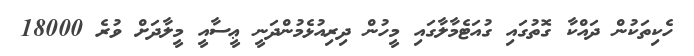
ހެކިތަކުން ދައްކާ ގޮތުގައި ގުއަޓެމާލާގައި މީހުން ދިރިއުޅެމުންދަނީ ޢީސާއީ މީލާދަށް ވުރެ 18000